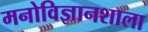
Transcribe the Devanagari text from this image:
मनोविज्ञानशाला